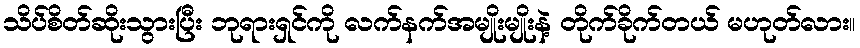
သိပ်စိတ်ဆိုးသွားပြီး ဘုရားရှင်ကို လက်နက်အမျိုးမျိုးနဲ့ တိုက်ခိုက်တယ် မဟုတ်လား။